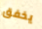
يخفق